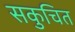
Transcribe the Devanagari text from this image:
सकुचित